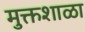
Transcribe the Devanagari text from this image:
मुक्तशाळा